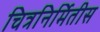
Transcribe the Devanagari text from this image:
चित्रनिर्मितीस